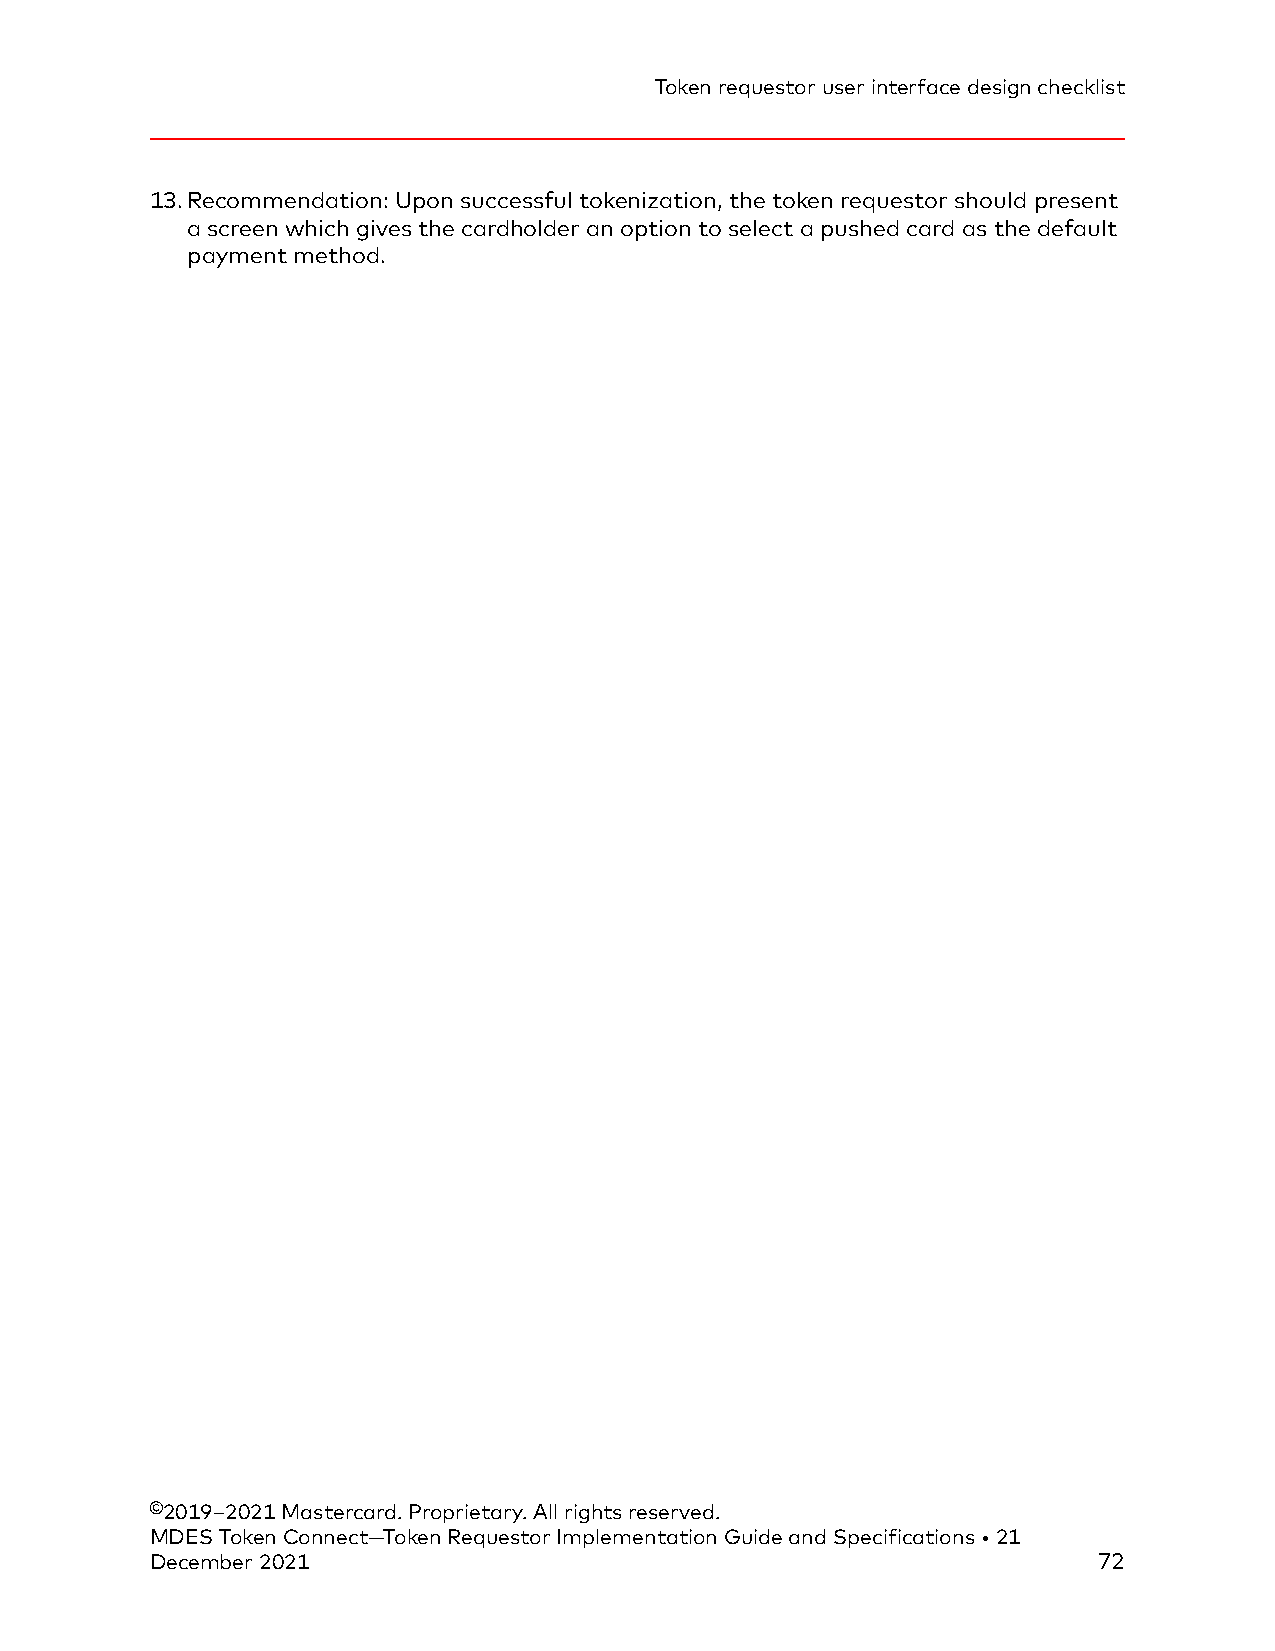
Token requestor user interface design checklist
 13.Recommendation: Upon successful tokenization, the token requestor should present
 a screen which gives the cardholder an option to select a pushed card as the default
 payment method.
 ©2019–2021 Mastercard. Proprietary. All rights reserved.
 MDES Token Connect—Token Requestor Implementation Guide and Specifications • 21
 December 2021                                                  72